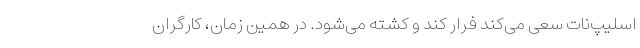
اسلیپ‌نات سعی می‌کند فرار کند و کشته می‌شود. در همین زمان، کارگران